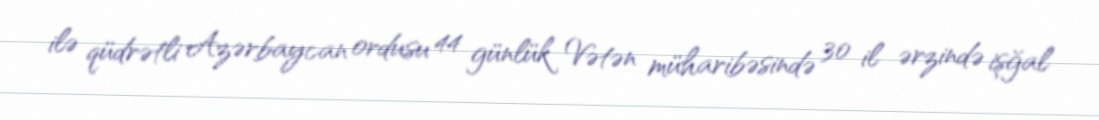
ilə qüdrətli Azərbaycan ordusu 44 günlük Vətən müharibəsində 30 il ərzində işğal